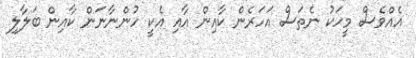
އެއްވެސް މީހަކު ނެތަސް އަހަރެން ކާއިން އާއި އެކީ ހުންނާނަން ކާއިން ބަލާލި